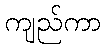
ကျည်ကာ